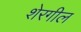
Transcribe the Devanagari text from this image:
शेरगील